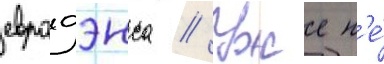
евродэнса // Уже н'е́